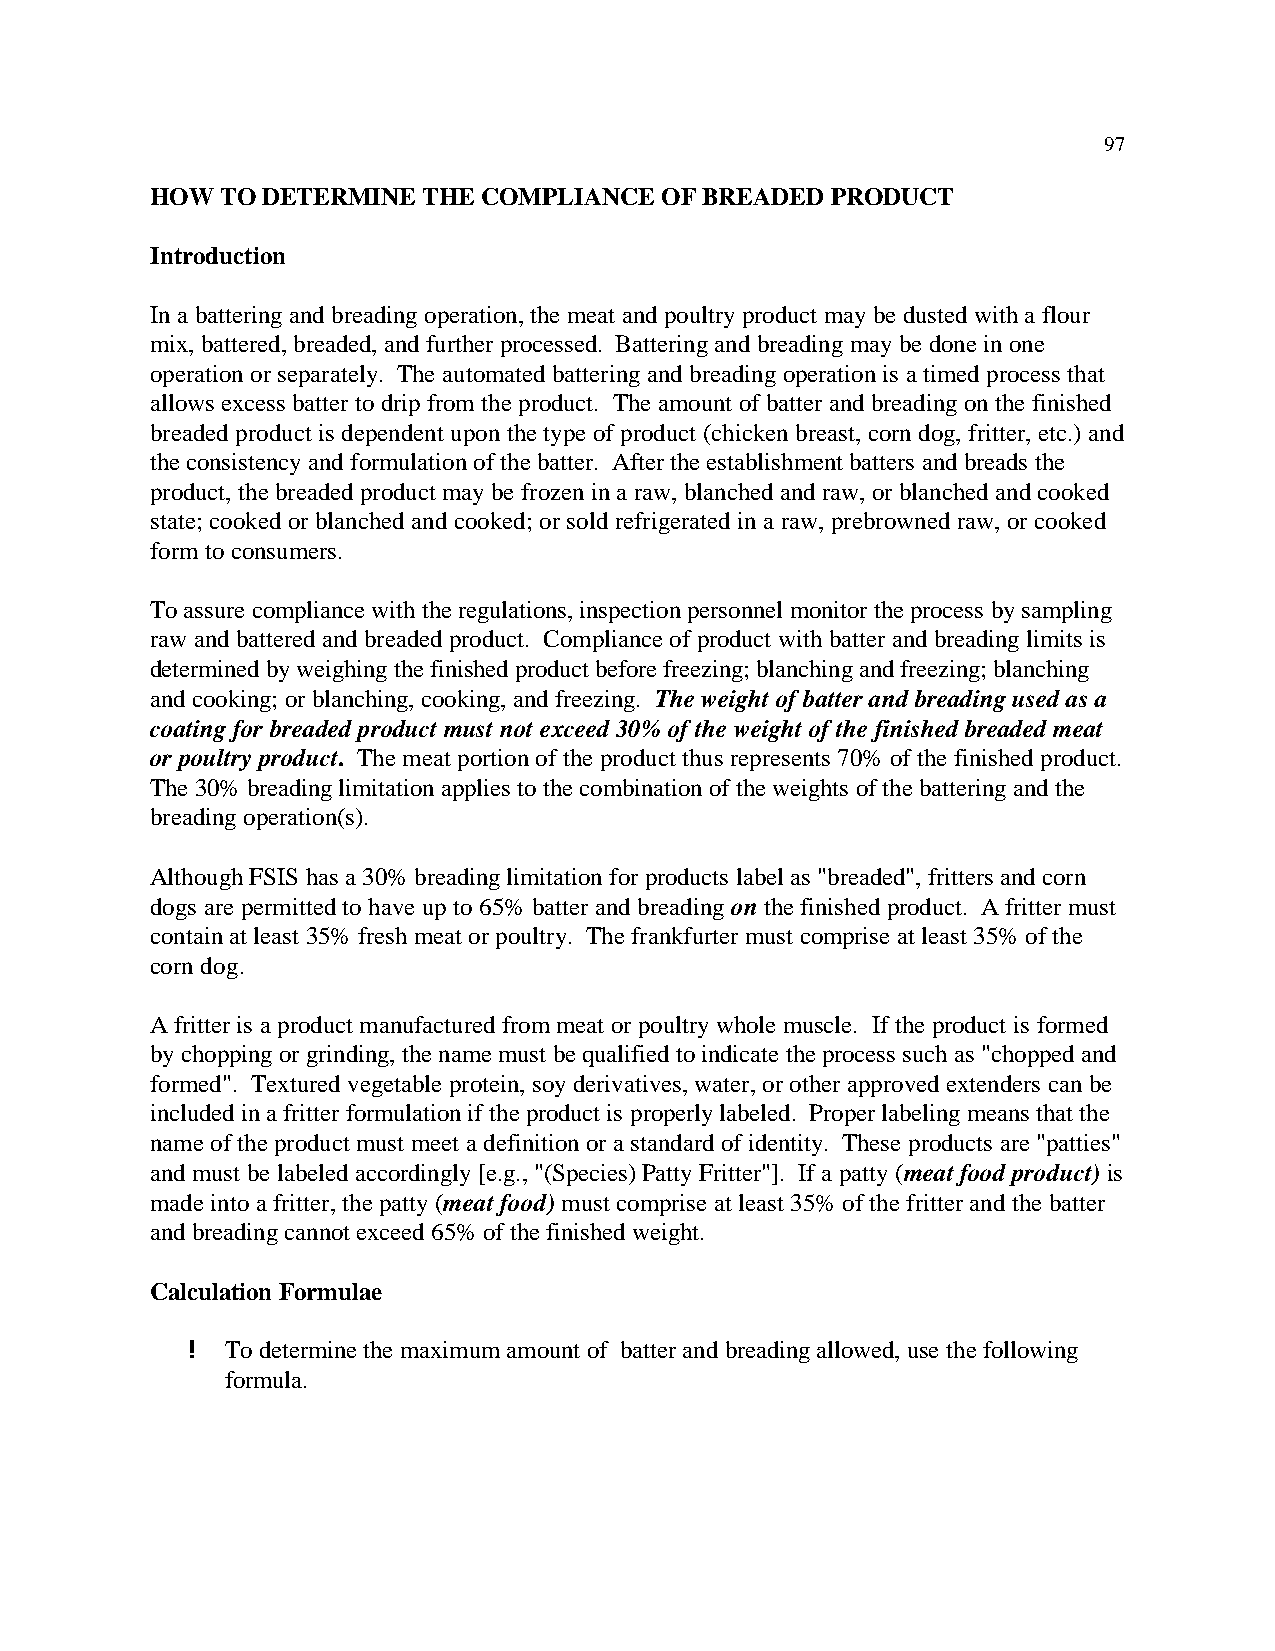
97
 HOW  TO DETERMINE THE COMPLIANCE  OF BREADED PRODUCT
 Introduction
 In a battering and breading operation, the meat and poultry product may be dusted with a flour
 mix, battered, breaded, and further processed. Battering and breading may be done in one
 operation or separately. The automated battering and breading operation is a timed process that
 allows excess batter to drip from the product. The amount of batter and breading on the finished
 breaded product is dependent upon the type of product (chicken breast, corn dog, fritter, etc.) and
 the consistency and formulation of the batter. After the establishment batters and breads the
 product, the breaded product may be frozen in a raw, blanched and raw, or blanched and cooked
 state; cooked or blanched and cooked; or sold refrigerated in a raw, prebrowned raw, or cooked
 form to consumers.
 To assure compliance with the regulations, inspection personnel monitor the process by sampling
 raw and battered and breaded product. Compliance of product with batter and breading limits is
 determined by weighing the finished product before freezing; blanching and freezing; blanching
 and cooking; or blanching, cooking, and freezing. The weight of batter and breading used as a
 coating for breaded product must not exceed 30% of the weight of the finished breaded meat
 or poultry product. The meat portion of the product thus represents 70% of the finished product.
 The 30% breading limitation applies to the combination of the weights of the battering and the
 breading operation(s).
 Although FSIS has a 30% breading limitation for products label as "breaded", fritters and corn
 dogs are permitted to have up to 65% batter and breading on the finished product. A fritter must
 contain at least 35% fresh meat or poultry. The frankfurter must comprise at least 35% of the
 corn dog.
 A fritter is a product manufactured from meat or poultry whole muscle. If the product is formed
 by chopping or grinding, the name must be qualified to indicate the process such as "chopped and
 formed". Textured vegetable protein, soy derivatives, water, or other approved extenders can be
 included in a fritter formulation if the product is properly labeled. Proper labeling means that the
 name of the product must meet a definition or a standard of identity. These products are "patties"
 and must be labeled accordingly [e.g., "(Species) Patty Fritter"]. If a patty (meat food product) is
 made into a fritter, the patty (meat food) must comprise at least 35% of the fritter and the batter
 and breading cannot exceed 65% of the finished weight.
 Calculation Formulae
 !  To determine the maximum amount of batter and breading allowed, use the following
 formula.